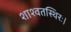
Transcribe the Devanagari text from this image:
शाश्वतस्थिरः।